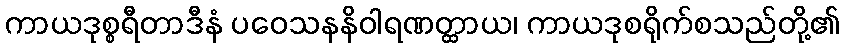
ကာယဒုစ္စရီတာဒီနံ ပဝေသနနိဝါရဏတ္ထာယ၊ ကာယဒုစရိုက်စသည်တို့၏